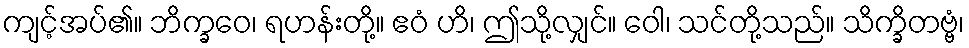
ကျင့်အပ်၏။ ဘိက္ခဝေ၊ ရဟန်းတို့။ ဧဝံ ဟိ၊ ဤသို့လျှင်။ ဝေါ၊ သင်တို့သည်။ သိက္ခိတဗ္ဗံ၊